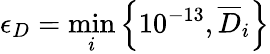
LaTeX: \epsilon_{D}=\operatorname*{min}_{i}\left\{ 10^{-13},\overline{{D}}_{i}\right\}